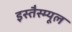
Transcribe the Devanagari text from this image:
इस्तैस्म्यूल